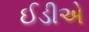
ઈડીએ